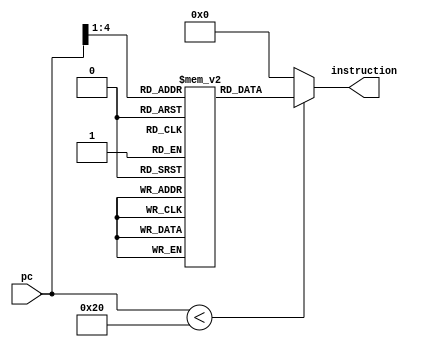
module instr_mem (  
	input     		[15:0]  pc,  
	output wire    [15:0]  instruction );  

	wire [6:0] rom_addr = {1'b0,pc[6:1]};  
	reg [15:0] rom[0:2**6];  
//	R0 = 0 (read only)
// Instr    : 0 : 1 : 2 : 3 : 4 : 5 : 6 : 7 : 8 : 9 : 10 : 11 : 12 : 13 : 14 : 15 : 16 : 17 : 18 : 19 :
//---------------------------------------------------------------------------------------------------------
//	R1 = 2   : 2 : 2 : 2 : 2 : 2 : 2 : 2 : 2 : 2 : 2 : 2  : 2  : 2  : 2  : 2  : 2  : 2  : 2  : 2  : 2  :
//	R2 = 3   : 3 : 3 : 3 : 3 : 3 : 3 : 3 : 0 : 0 : 0 : 0  : 0  : 0  : 0  : 0  : 9  : 9  : 9  : 9  : 11 :
//	R3 = 4   : 5 : 5 : 5 : 5 : 5 : 5 : 5 : 5 : 5 : 5 : 5  : 5  : 5  : 5  : 5  : 5  : 9  : 9  : 9  : 9  :
//	R4 = 5   : 5 : 5 : 5 : 8 : 8 : 8 : 7 : 7 : 0 : 7 : 7  : 0  : 128: 7  : 7  : 7  : 7  : 11 : 11 : 11 :
//	R5 = 6   : 6 : 6 : 6 : 6 : 3 : 1 : 1 : 1 : 1 : 1 : 4  : 4  : 4  : 4  : 9  : 9  : 9  : 9  : 11 : 11 :
//	R6 = FFFF: " : " : " : " : " : " : " : " : " : " : "  : "  : "  : "  : "  : "  : "  : "  : "  : "  :
//	R7 = don't touch it.
						  //Sa  Sb  Dest
	initial begin    //Ra  Rb  Rc	
	rom[0]  = 16'b1011_011_000_000_1_11; // JLR R3 R2 ------ put 2 in R3 and 3 in R7 
	rom[1]  = 16'b0001_001_101_100_0_00; // ADC R4 = R1 + R5 = 8 
	rom[2]  = 16'b0001_001_101_101_0_00; // ADC R4 = R1 + R5 = 8 
	//rom[0]  = 16'b0001_001_010_011_0_00; // ADD R3 = R1 + R2 = 5 (normal add)
	//rom[1]  = 16'b0001_001_011_100_0_10; // ADC R4 = R1 + R3 = 7 (should not add up)
	//rom[2]  = 16'b0001_001_011_100_0_01; // ADZ R4 = R1 + R3 = 7 (should not add up)
	rom[3]  = 16'b0001_001_010_100_0_11; // ADL R4 = R1 + R2 = 8 (normal add)
	rom[4]  = 16'b0000_001_101_000001;   // ADI R5 = R1 + 01 = 3 (normal add)
	rom[5]  = 16'b0000_001_101_111111;   // ADI R5 = R1 + FFFF = 1 (carry = 1)
	rom[6]  = 16'b0001_001_011_100_0_10; // ADC R4 = R1 + R3 = 7 (ADC working)
	rom[7]  = 16'b0010_001_011_010_0_00; // NDU R2 = R1 & R3 = 0 (zero = 1) (normal NDU)
	rom[8]  = 16'b0010_001_011_100_0_01; // NDZ R4 = R1 & R3 = 0 (zero = 1) (NDZ working)
	rom[9]  = 16'b0001_001_011_100_0_01; // ADZ R4 = R1 + R3 = 7 (ADZ working)
	rom[10] = 16'b0001_011_110_101_0_00; // ADD R5 = R3 + R6 = 4 (carry = 1) (normal ADD)
	rom[11] = 16'b0010_001_011_100_0_10; // NDC R4 = R1 & R3 = 0 (zero = 1) (NDC working)
	rom[12] = 16'b0011_100_000_000_0_01; // LHI R4 = 128 			 (normal load immediate)
	rom[13] = 16'b0001_001_011_100_0_00; // ADD R4 = R1 + R3 = 7 (normal ADD)
	rom[14] = 16'b0001_100_001_101_0_00; // ADD R5 = R4 + R1 = 9 (Data dependency execution stage)
	rom[15] = 16'b0001_100_001_010_0_00; // ADD R2 = R4 + R1 = 9 (Data dependency memory access stage)
	rom[16] = 16'b0001_100_001_011_0_00; // ADD R3 = R4 + R1 = 9 (Data dependency write back stage)
	rom[17] = 16'b0001_001_101_100_0_00; // ADD R4 = R1 + R3 = 11 (Data dependency execution stage)
	rom[18] = 16'b0001_001_011_101_0_00; // ADD R5 = R1 + R3 = 11 (Data dependency memory access stage)
	rom[19] = 16'b0001_001_011_010_0_00; // ADD R2 = R1 + R3 = 11 (Data dependency write back stage)
	//rom[20] =  //
	end  
	assign instruction = (pc[15:0] < 32 )? rom[rom_addr[3:0]]: 16'd0;  
 endmodule